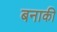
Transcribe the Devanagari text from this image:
बनाकी